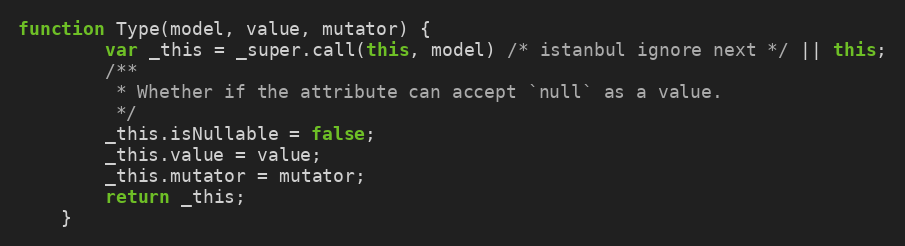
Language: JavaScript
function Type(model, value, mutator) {
        var _this = _super.call(this, model) /* istanbul ignore next */ || this;
        /**
         * Whether if the attribute can accept `null` as a value.
         */
        _this.isNullable = false;
        _this.value = value;
        _this.mutator = mutator;
        return _this;
    }